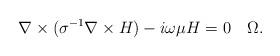
LaTeX: \begin{align*}\nabla\times(\sigma^{-1}\nabla\times H) - i\omega \mu H = 0\quad\Omega.\end{align*}